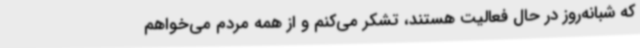
که شبانه‌روز در حال فعالیت هستند، تشکر می‌کنم و از همه مردم می‌خواهم